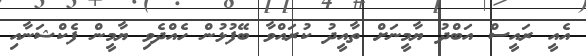
އެއީ ރައީސް އަބްދު ޔާމީނަށް ތާއީދު ކުރައްވާ ބޭފުޅުން ހެއްދެވި ޔާމީން ފެކްޝަނާއި